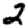
Digit: 2